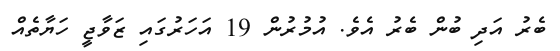
ބެރު އަދި ބުން ބެރު އެވެ. އުމުރުން 19 އަހަރުގައި ޒަވާޖީ ހަޔާތެއް